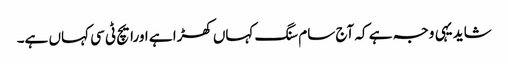
شاید یہی وجہ ہے کہ آج سام سنگ کہاں کھڑا ہے اورایچ ٹی سی کہاں ہے۔